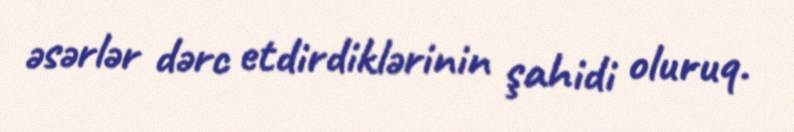
əsərlər dərc etdirdiklərinin şahidi oluruq.